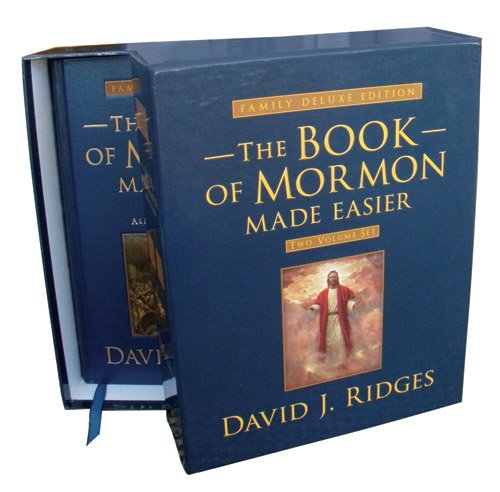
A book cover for Book of Mormon Made Easier: Family Deluxe Edition Set (Volumes 1 & 2) (Gospel Studies Series); David J. Ridges; Christian Books & Bibles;